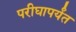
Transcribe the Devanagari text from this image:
परीघापर्यंत